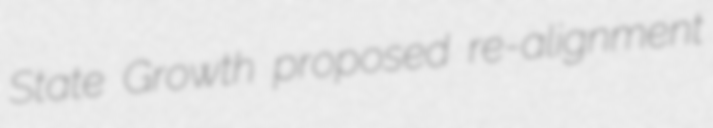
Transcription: State Growth proposed re-alignment